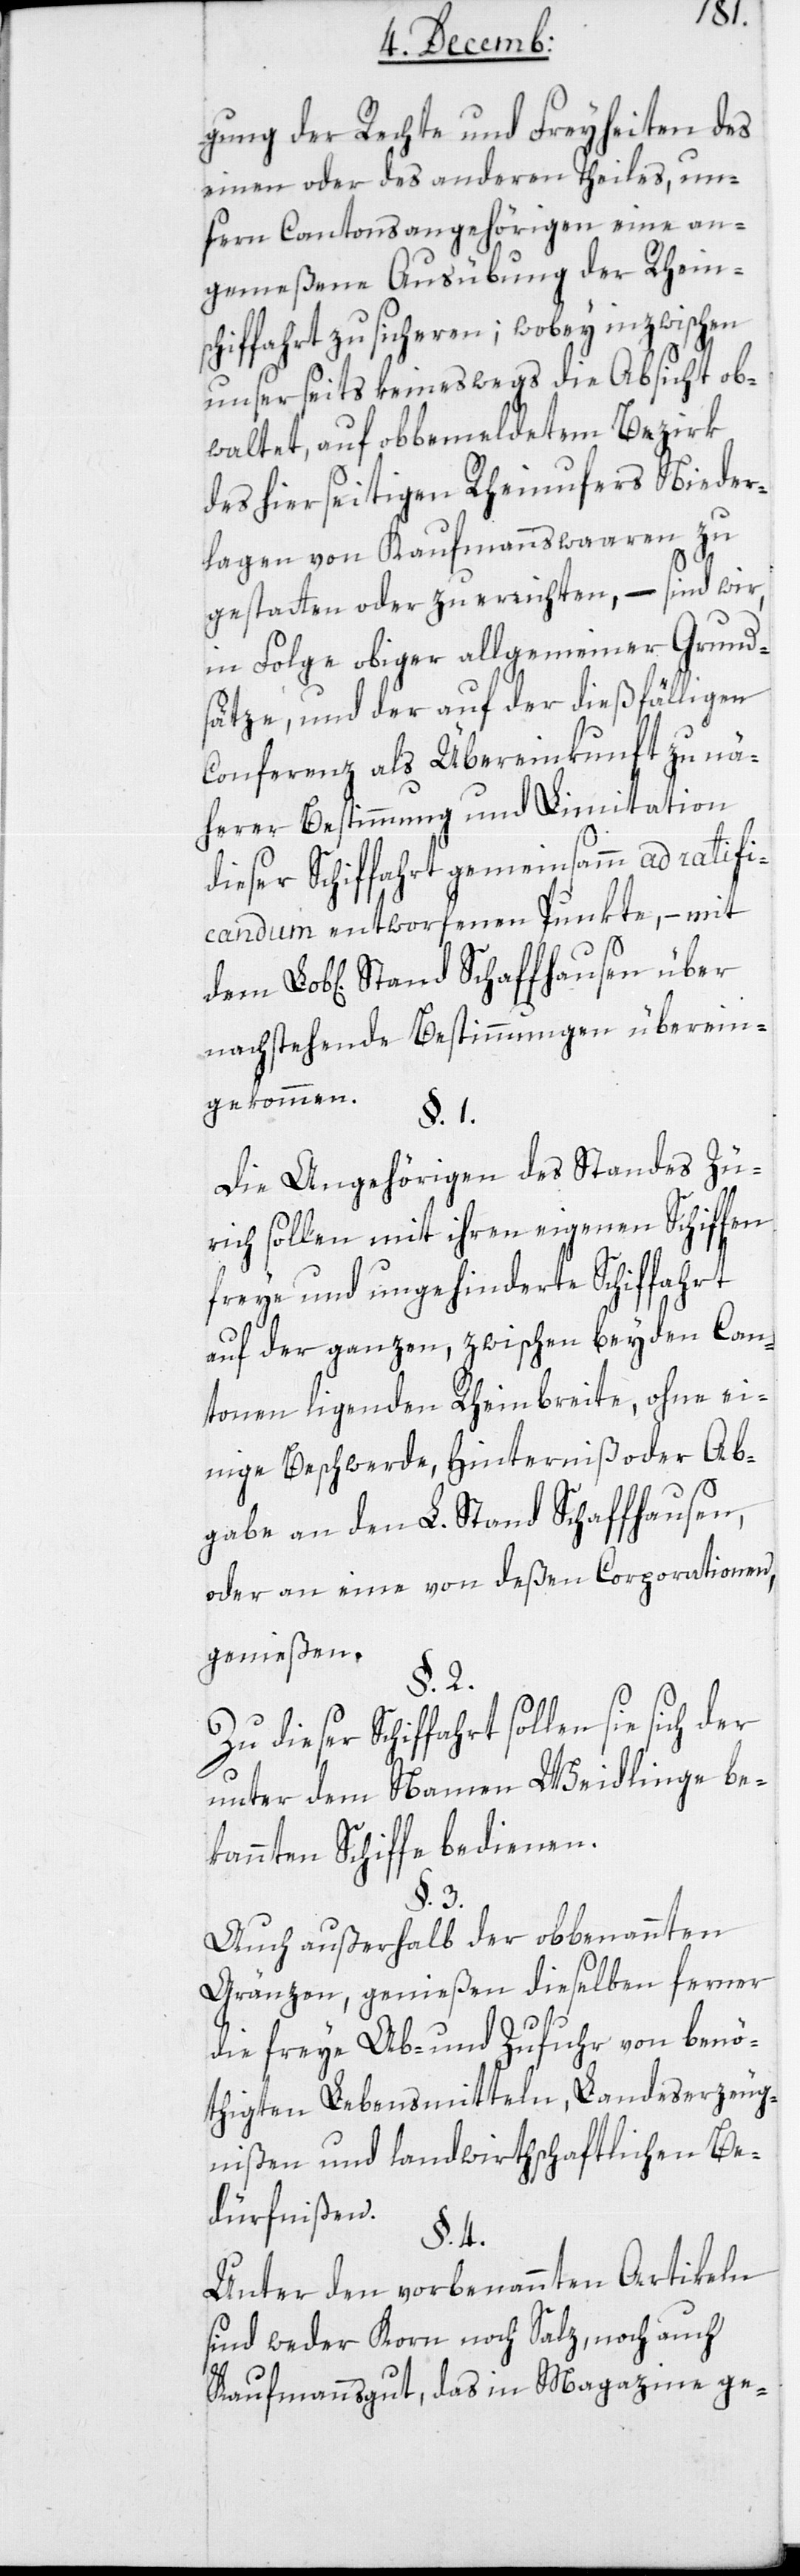
gung der Rechte und Freyheiten des
einen oder des anderen Teiles, un¬
sern Cantonsangehörigen eine an¬
gemeßene Ausübung der Rheinsc¬
hiffahrt zu sicheren; wobey inzwischen
unserseits keineswegs die Absicht ob¬
waltet, auf obbemeldetem Bezirk
des hierseitigen Rheinufers Nieder¬
lagen von Kaufmannswaaren zu
gestatten oder zu errichten, – sind wir,
in Folge obiger allgemeiner Grund¬
sätze und der auf der dießfälligen
Conferenz als Übereinkunft zu nä¬
herer Bestimmung und Limitation
dieser Schiffahrt gemeinsamm ad ratifi¬
candum entworfenen Punkte, – mit
nachstehende Bestimmungen überein¬
gekommen.
§. 1.
Die Angehörigen des Standes Zü¬
rich sollen mit ihren eigenen Schiffen
freye und ungehinderte Schiffahrt
auf der ganzen, zwischen beyden Can¬
tonen liegenden Rheinbreite, ohne ei¬
nige Beschwerde, Hinterniß oder Ab¬
gabe an den L. Stand Schaffhausen,
oder an eine von deßen Corporationen,
genießen.
§. 2.
Zu dieser Schiffahrt sollen sich der
unter dem Namen Weidlinge be¬
kannten Schiffe bedienen.
§. 3.
Auch außerhalb der obbenannten
Grenzen, genießen dieselben ferner
die freye Ab- und Zufuhr von benö¬
thigten Lebensmitteln, Landeserzeug¬
nißen und landwirthschaftlichen Be¬
dürfnißen.
§. 4.
Unter den vorbenannten Artikeln
sind weder Korn noch Salz, noch auch
Kaufmannsgut, das in Magazine ge-